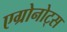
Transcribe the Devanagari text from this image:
एग्रोनोट्स